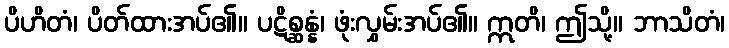
ပိဟိတံ၊ ပိတ်ထားအပ်၏။ ပဋိစ္ဆန္နံ၊ ဖုံးလွှမ်းအပ်၏။ ဣတိ၊ ဤသို့။ ဘာသိတံ၊